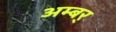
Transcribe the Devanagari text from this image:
अम्बर्